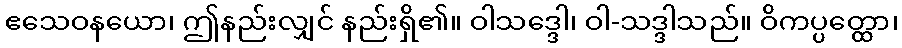
ဧသေဝနယော၊ ဤနည်းလျှင် နည်းရှိ၏။ ဝါသဒ္ဒေါ၊ ဝါ-သဒ္ဒါသည်။ ဝိကပ္ပတ္ထော၊